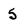
Character: 5